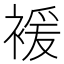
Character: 褑